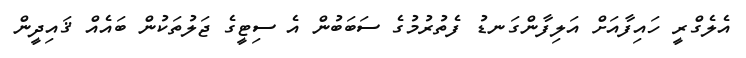
އެލެގްރީ ހައިފާއަށް އަލިފާންގަނޑު ފެތުރުމުގެ ސަބަބުން އެ ސިޓީގެ ޖަލުތަކުން ބައެއް ޤައިދީން